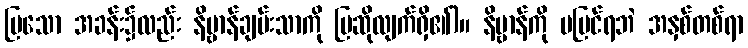
ပြသော အခန်း၌လည်း နိဗ္ဗာန်ချမ်းသာကို ပြဆိုလျက်ရှိ၏)။ နိဗ္ဗာန်ကို မမြင်ရဘဲ အနှစ်တစ်ရာ